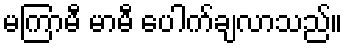
မကြာမီ မာမီ ပေါက်ချလာသည်။